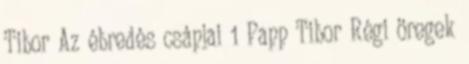
Tibor Az ébredés csápjai 1 Papp Tibor Régi öregek